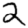
Digit: 2